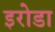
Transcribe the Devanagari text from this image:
इरोडा